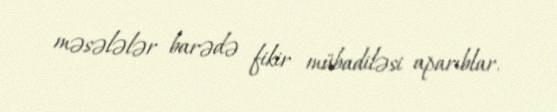
məsələlər barədə fikir mübadiləsi aparıblar.